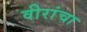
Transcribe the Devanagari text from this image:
वीरांचा